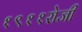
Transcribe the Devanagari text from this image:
१९११रोजी